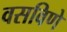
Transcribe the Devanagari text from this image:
वसविणे